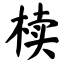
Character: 椟